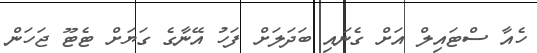
ހެއާ ސްޓައިލް އަށް ގެނައި ބަދަލަށް ފަހު އޭނާގެ ގަޔަށް ޓެޓޫ ޖަހަން